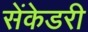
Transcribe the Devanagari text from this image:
सेंकेडरी